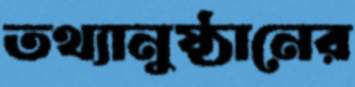
তথ্যানুষ্ঠানের